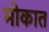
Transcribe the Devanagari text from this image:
मोकात